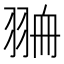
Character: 𦐷